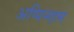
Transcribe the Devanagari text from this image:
अप्पिन्ग्हम